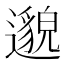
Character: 邈